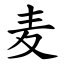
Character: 麦